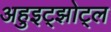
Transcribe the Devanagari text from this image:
अहुइट्झोट्ल